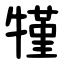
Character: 㹏